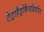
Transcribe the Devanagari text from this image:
टेट्राहैड्रोकैनबिवरिन